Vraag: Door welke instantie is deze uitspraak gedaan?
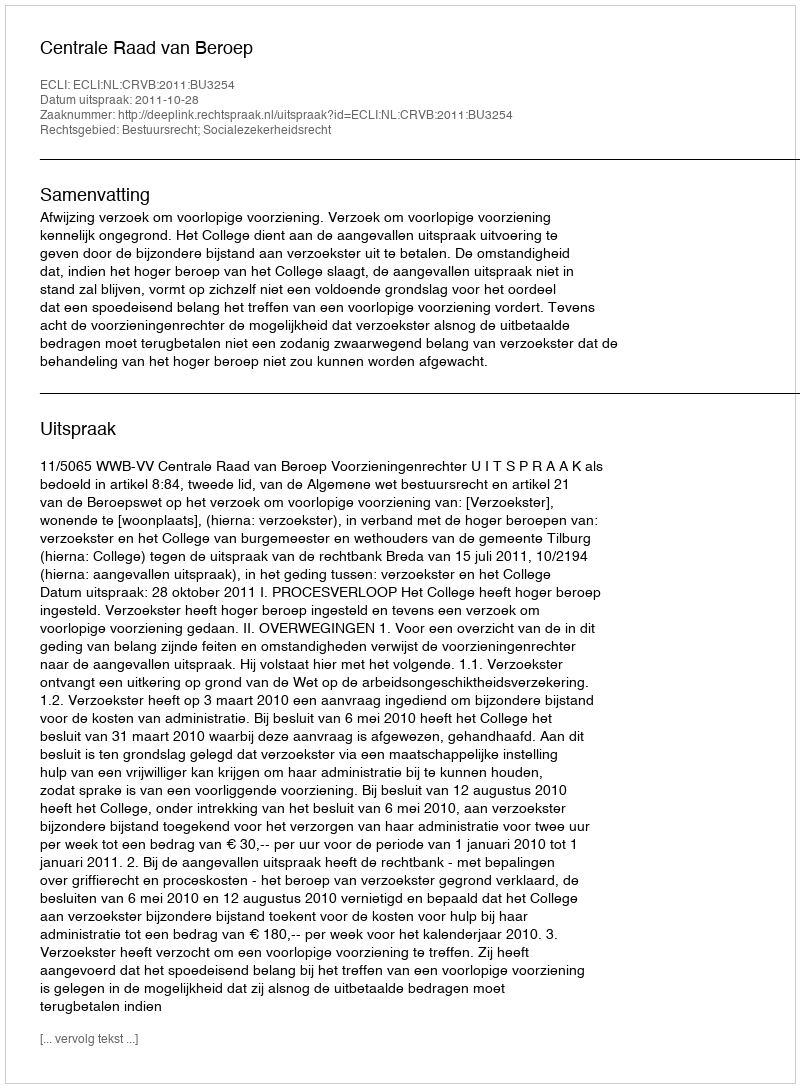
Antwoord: Centrale Raad van Beroep